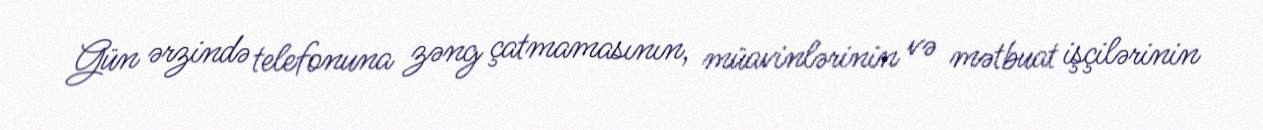
Gün ərzində telefonuna zəng çatmamasının, müavinlərinin və mətbuat işçilərinin